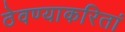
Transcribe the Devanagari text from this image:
ठेवण्याकरितां